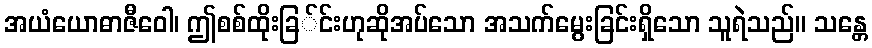
အယံယောဓာဇီဝေါ၊ ဤစစ်ထိုးခြ်င်းဟုဆိုအပ်သော အသက်မွေးခြင်းရှိသော သူရဲသည်။ သန္တေ